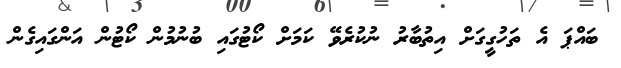
ބައްޕަ އެ ތަހުގީގަށް އިތުބާރު ނުކުރެވޭ ކަމަށް ކޯޓުގައި ބުނުމުން ކޯޓުން އަންގައިގެން